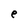
Character: e